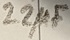
Text: 22µF